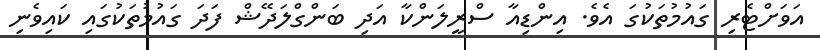
އަވަށްޓެރި ގައުމުތަކުގަ އެވެ. އިންޑިއާ ސްރީލަންކާ އަދި ބަންގްލަދޭޝް ފަދަ ގައުމުތަކުގައި ކައިވެނި